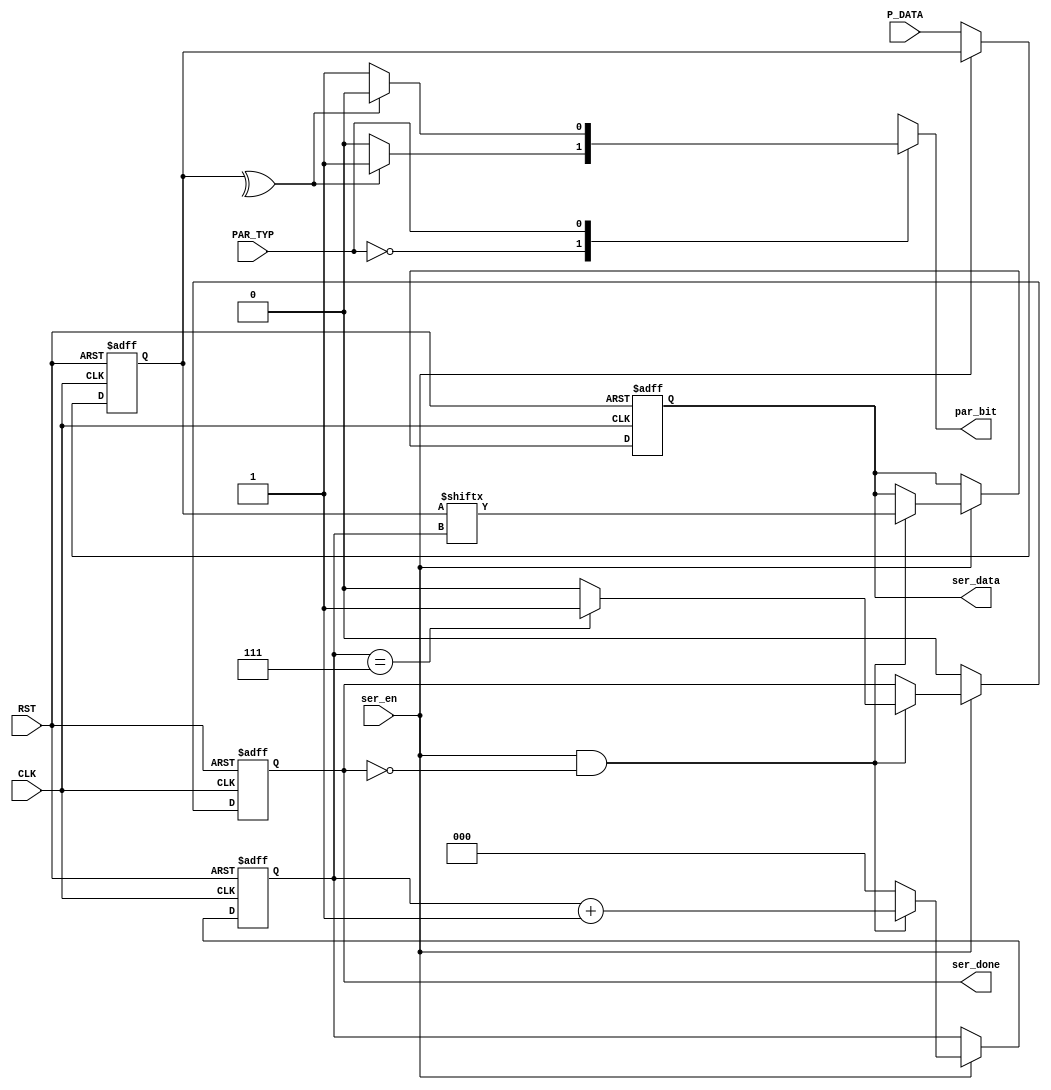
module TX_Serializer (P_DATA, ser_en, PAR_TYP, CLK, RST, ser_data, ser_done, par_bit);
input [7:0] P_DATA;
input       ser_en;
input       PAR_TYP;
input       CLK;
input       RST;

output      par_bit;
output      ser_data;
output      ser_done;

reg         par_bit;
reg         ser_data;
reg         ser_done;
reg   [2:0] counter;
reg   [7:0] registers;
reg         value;
parameter even = 0;
parameter odd = 1;

/*Serializer Block*/
always@(posedge CLK or negedge RST)
    begin  
        if (!RST)
        begin
            ser_data   <= 0;
            ser_done   <= 0;
            counter    <= 0;
            registers  <=0;
        end
        else if (!ser_en)
        begin
            ser_done <= 0;
            registers <= P_DATA;  
        end
        else if (ser_en == 1 && ser_done == 0)
        begin
            ser_done <= 0;
            ser_data <= registers[counter];
            if (counter == 7) begin ser_done <= 1; end
            counter <= counter + 1;
        end
        else 
        counter <=0;
    end
    
    always @ (*)
    begin
        value = ^registers;
        case (PAR_TYP)
        even:
        begin
          if(value == 1'b0)
          begin
            par_bit = 1'b0;
          end
          else
          begin
           par_bit = 1'b1;
          end 
          end
        odd:
        begin
          if(value == 1'b1)
          begin
            par_bit = 1'b0;
          end
          else
          begin
            par_bit = 1'b1;
          end 
        end
        default:
        begin
            par_bit = 1'b0;
        end
      endcase
    end
endmodule